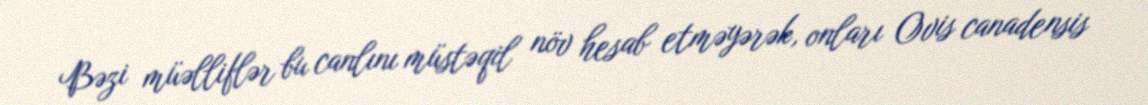
Bəzi müəlliflər bu canlını müstəqil növ hesab etməyərək, onları Ovis canadensis